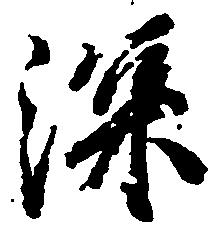
深